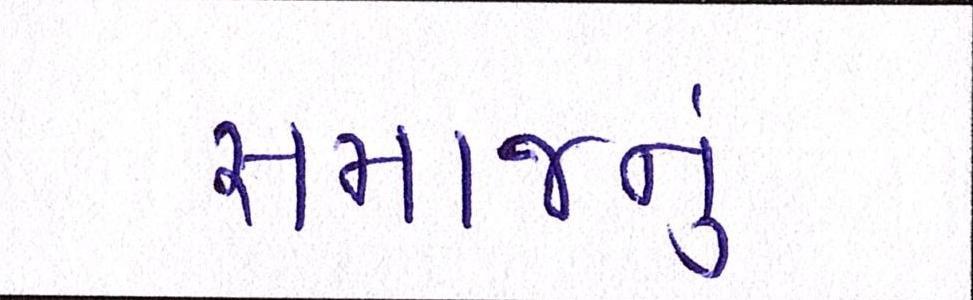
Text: સમાજનું